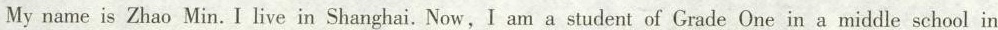
My name is Zhao Min. I live in Shanghai. Now,I am a student of Grade One in a middle school in